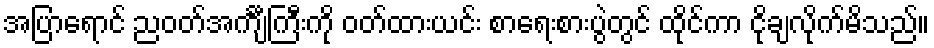
အပြာရောင် ညဝတ်အင်္ကျီကြီးကို ဝတ်ထားယင်း စာရေးစားပွဲတွင် ထိုင်ကာ ငိုချလိုက်မိသည်။